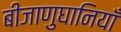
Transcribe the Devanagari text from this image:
बीजाणुघानियाँ